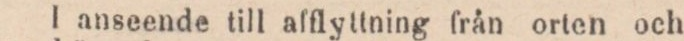
I anseende till aſflyttning från orten och